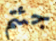
جئتم